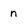
Character: n